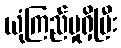
ယုံကြည်မှုရှိပြီး